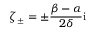
\zeta _ { \pm } = \pm \frac { \beta - \alpha } { 2 \delta } \mathrm { i }